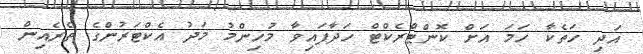
އަދި ހަތެކާ ހަމަ އަށް ކޮންޓްރެކްޓް ހަދާފައިވާ މުހިންމު މަދު އެކްޓަރުންގެ ތެރެއިން